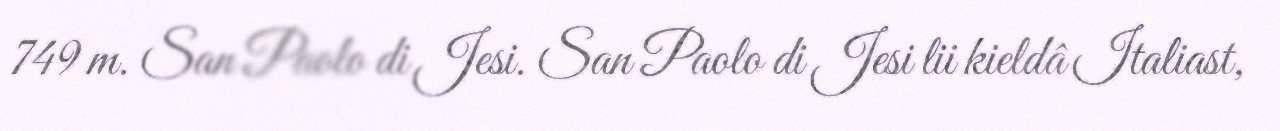
749 m. San Paolo di Jesi. San Paolo di Jesi lii kieldâ Italiast,